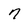
Character: 7